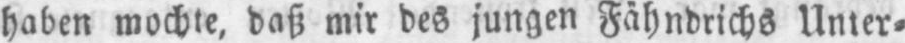
haben mochte, daß mir des jungen Fähndrichs Unter⸗